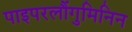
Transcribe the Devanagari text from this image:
पाइपरलौंगुमिनिन